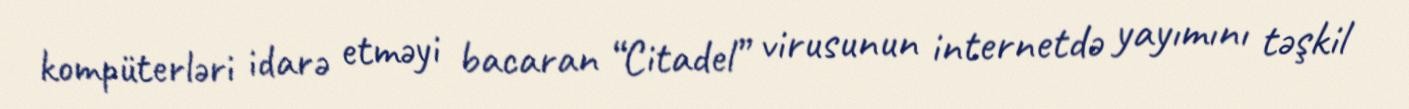
kompüterləri idarə etməyi bacaran “Citadel” virusunun internetdə yayımını təşkil